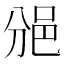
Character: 𨚇